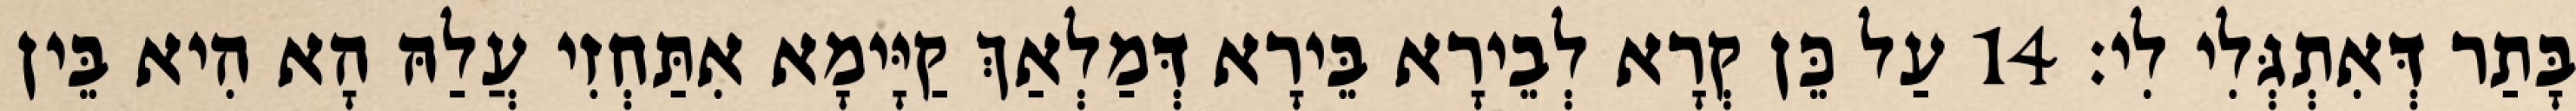
בָּתַר דְּאִתְגְּלִי לִי׃ 14 עַל כֵּן קְרָא לְבֵירָא בֵּירָא דְּמַלְאַךְ קַיָּימָא אִתַּחְזִי עֲלַהּ הָא הִיא בֵּין